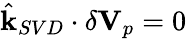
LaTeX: \hat{\mathbf{k}}_{SVD}\cdot\delta\mathbf{V}_{p}=0